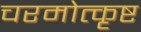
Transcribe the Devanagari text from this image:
चरमोत्कृष्ट